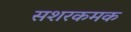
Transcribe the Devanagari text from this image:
सशरकमक